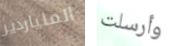
الملياردير وأرسلت